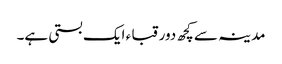
مدینہ سے کچھ دور قبا ء ایک بستی ہے۔